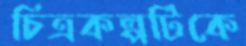
চিত্রকল্পটিকে